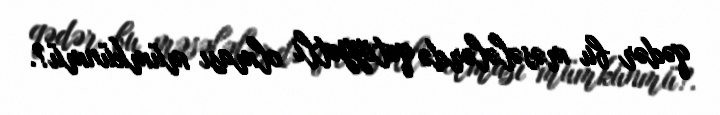
qədər bu məsələlərdə qətiyyətli olması mümkünmü?.